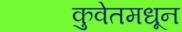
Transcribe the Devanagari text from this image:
कुवेतमधून